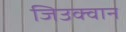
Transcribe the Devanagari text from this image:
जिउक्वान